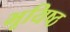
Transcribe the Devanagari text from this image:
भूयिष्ठ